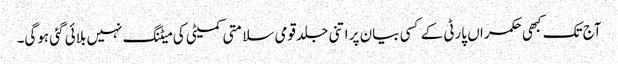
آج تک کبھی حکمراں پارٹی کے کسی بیان پر اتنی جلد قومی سلامتی کمیٹی کی میٹنگ نہیں بلائی گئی ہوگی۔